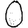
Digit: 0